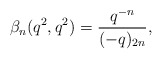
\begin{align*}\beta_{n}(q^2,q^2)=\frac{q^{-n}}{(-q)_{2n}},\end{align*}